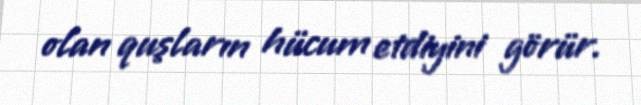
olan quşların hücum etdiyini görür.